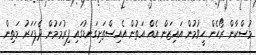
މުސްކާން ރޯހެން ހީވުމުން އައިޒަން އެއް އަތުން އެއިސްތަށިގަނޑުގައި ފިރުމަމުން ދެފަހަރު މަތިން